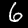
Digit: 6